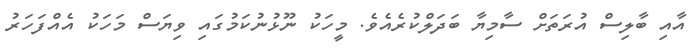
އާއި ބާލިސް އުރަތަށް ސާމިޔާ ބަދަލްކުރެއެވެ. މީހަކު ނޫޅުނުކަމުގައި ވިޔަސް މަހަކު އެއްފަހަރު